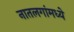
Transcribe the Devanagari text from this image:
नातलगांमध्ये